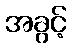
အခွင့်